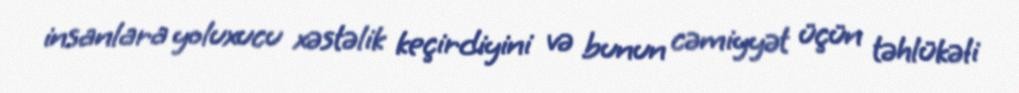
insanlara yoluxucu xəstəlik keçirdiyini və bunun cəmiyyət üçün təhlükəli